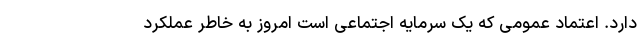
‌دارد. اعتماد عمومی که یک سرمایه اجتماعی است امروز به خاطر عملکرد